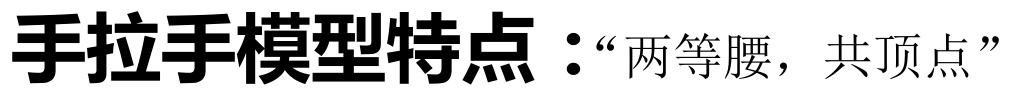
手拉手模型特点：“两等腰，共顶点”